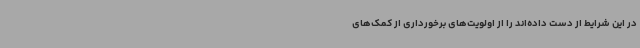
در این شرایط از دست داده‌اند را از اولویت‌های برخورداری از کمک‌های